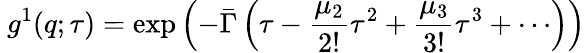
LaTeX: \ g^{1}(q;\tau)=\exp\left(-{\bar{\Gamma}}\left(\tau-{\frac{\mu_{2}}{2!}}\tau^{2}+{\frac{\mu_{3}}{3!}}\tau^{3}+\cdots\right)\right)